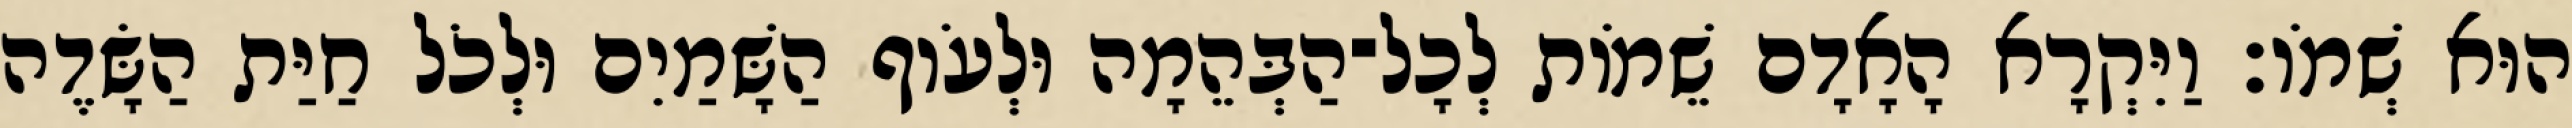
הוּא שְׁמֹו׃ וַיִּקְרָא הָאָדָם שֵׁמֹות לְכָל־הַבְּהֵמָה וּלְעֹוף הַשָּׁמַיִם וּלְכֹל חַיַּת הַשָּׂדֶה